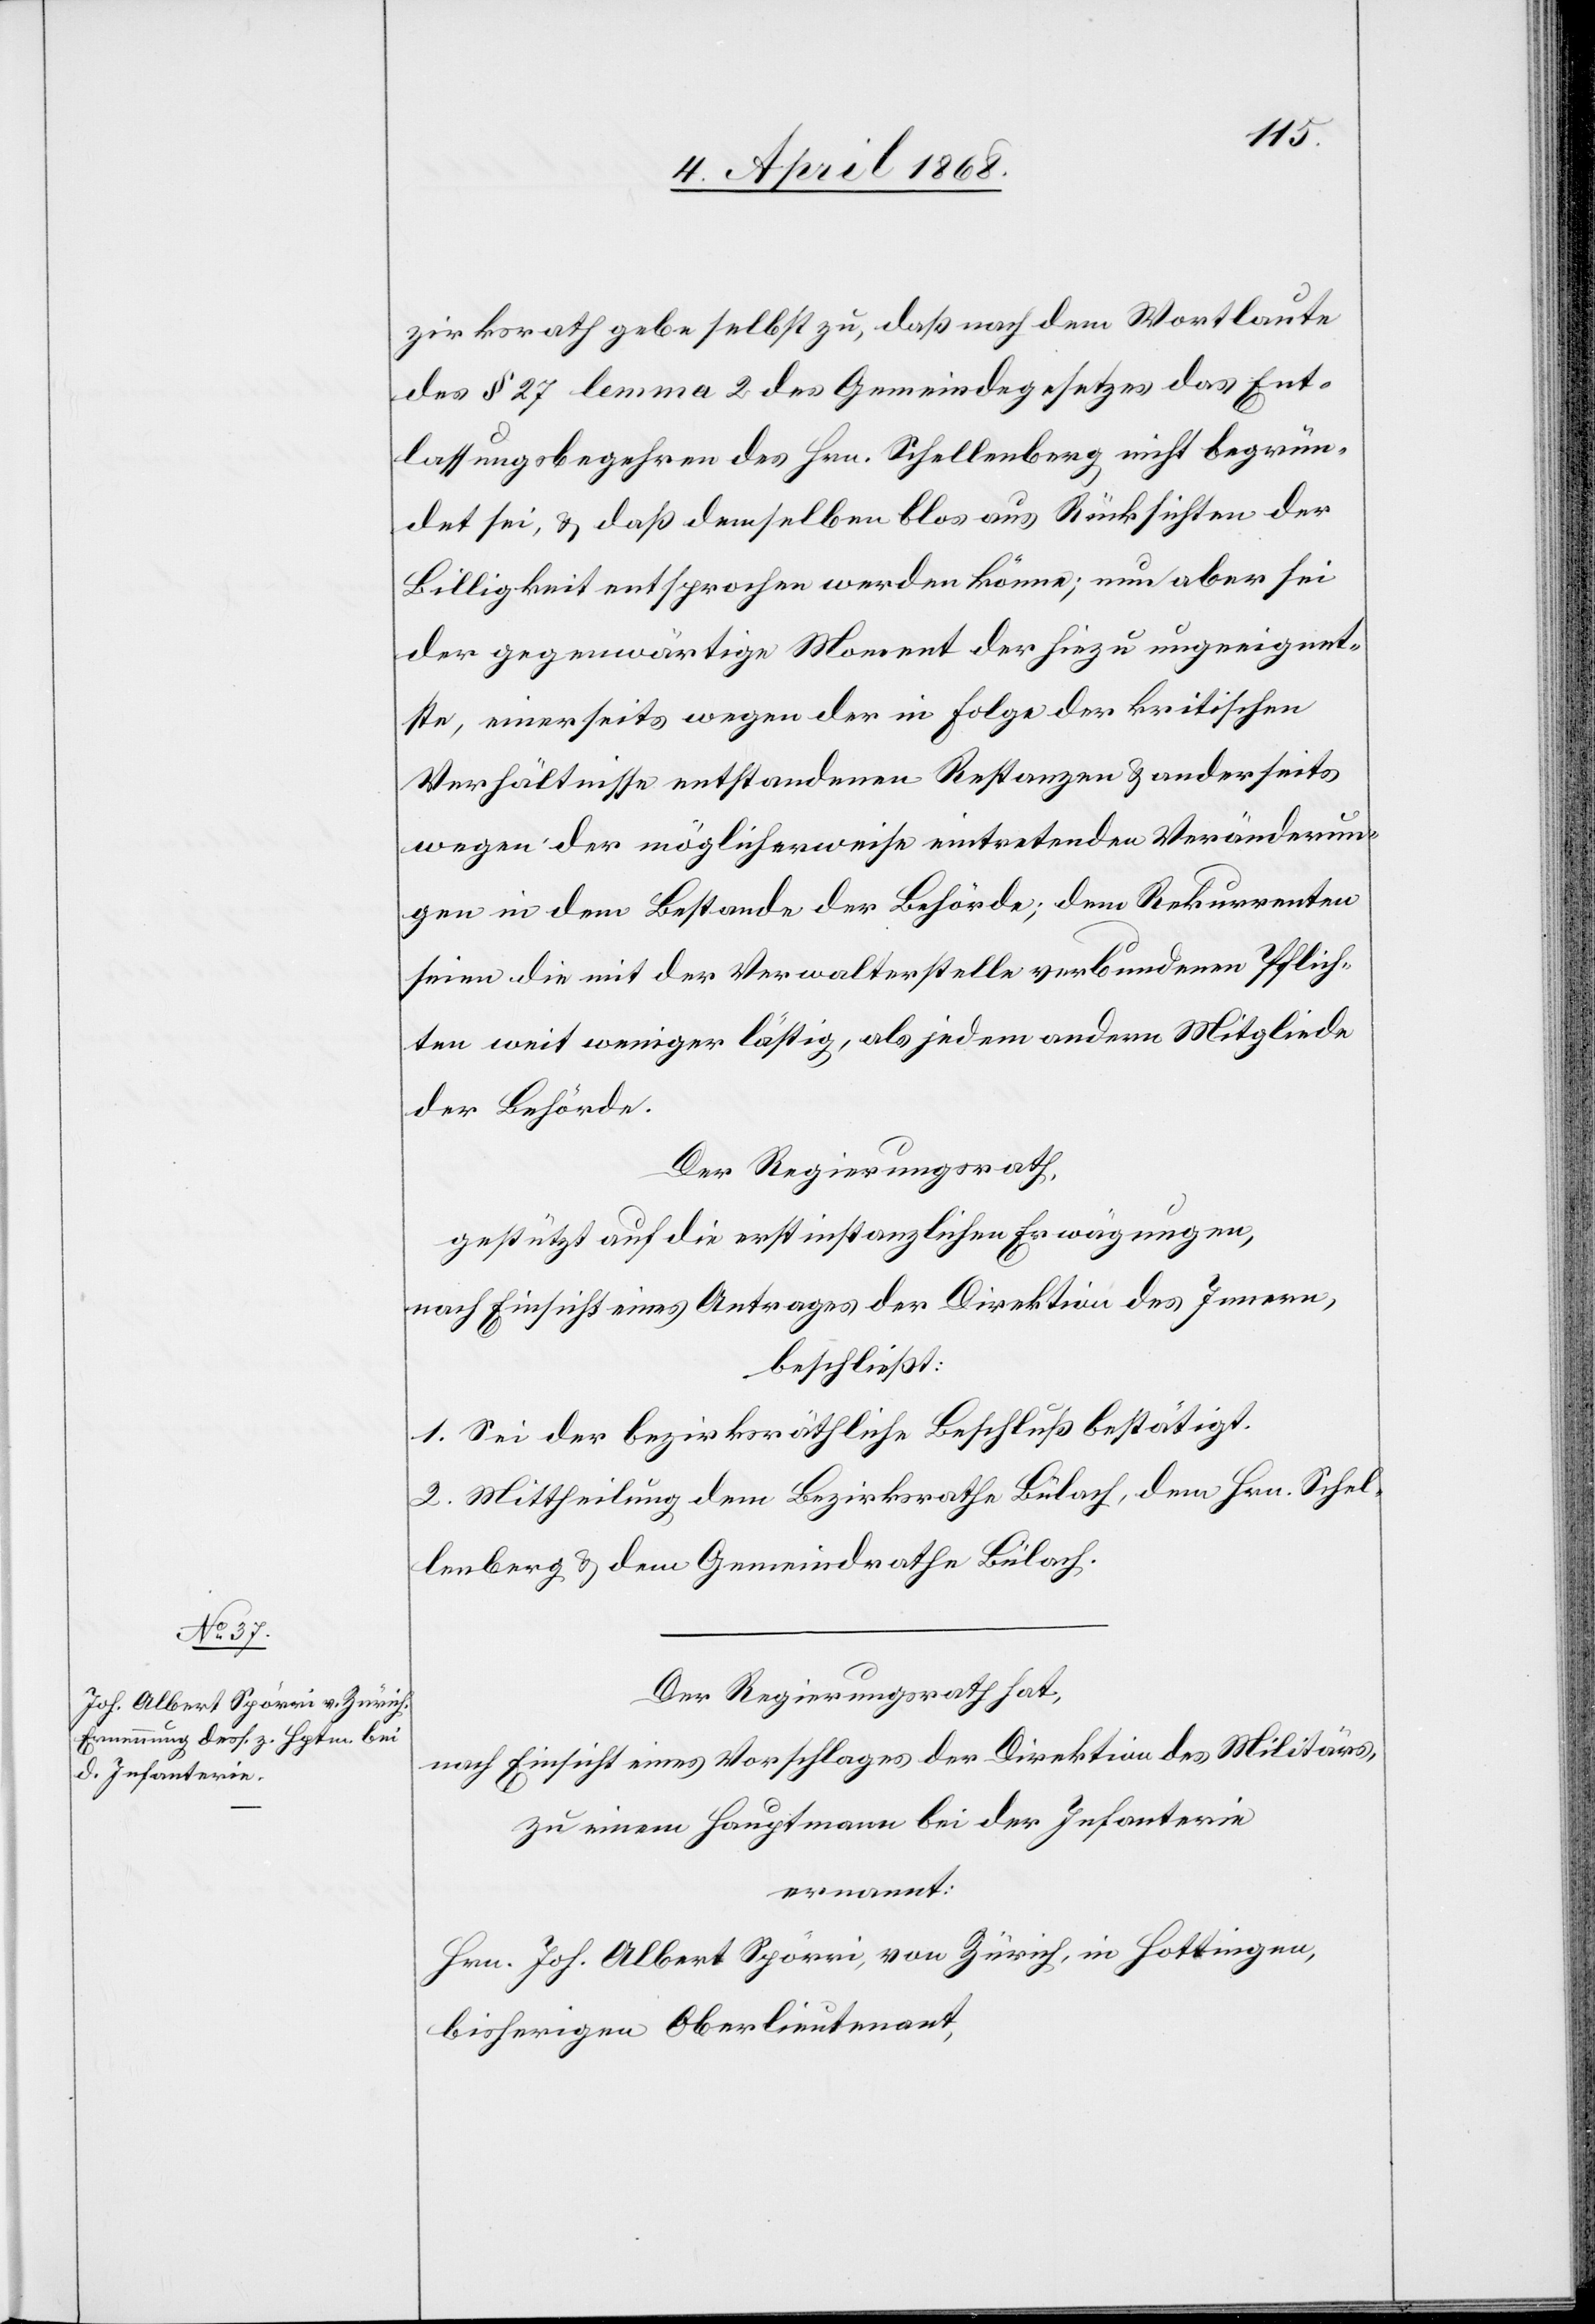
zirksrath gebe selbst zu, daß nach dem Wortlaute
des § 27 lemma 2 des Gemeindegesetzes das Ent¬
lassungsbegehren des Hrn. Schellenberg nicht begrün¬
det sei, & daß demselben blos aus Rücksichten der
Billigkeit entsprochen werden könne; nun aber sei
der gegenwärtige Moment der hiezu ungeeignet¬
ste, einerseits wegen der in Folge der kritischen
Verhältnisse entstandenen Restanzen & anderseits
wegen der möglicherweise eintretenden Veränderun¬
gen in dem Bestande der Behörde; dem Rekurrenten
seien die mit der Verwalterstelle verbundenen Pflich¬
ten weit weniger lästig, als jedem andern Mitgliede
der Behörde.
Der Regierungsrath,
gestützt auf die erstinstanzlichen Erwägungen,
nach Einsicht eines Antrages der Direktion des Innern,
beschließt:
1. Sei der bezirksräthliche Beschluß bestätigt.
2. Mittheilung dem Bezirksrathe Bülach, dem Hrn. Schel¬
lenberg & dem Gemeindrathe Bülach.
Der Regierungsrath hat,
nach Einsicht eines Vorschlages der Direktion des Militärs,
zu einem Hauptmann bei der Infanterie
ernannt:
Hrn. Joh. Albert Spörri, von Zürich, in Hottingen,
bisherigen Oberlieutenant,